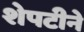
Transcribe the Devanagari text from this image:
शेपटीने